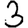
Digit: 3